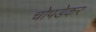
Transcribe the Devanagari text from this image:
चोपडेकर